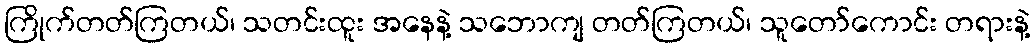
ကြိုက်တတ်ကြတယ်၊ သတင်းထူး အနေနဲ့ သဘောကျ တတ်ကြတယ်၊ သူတော်ကောင်း တရားနဲ့